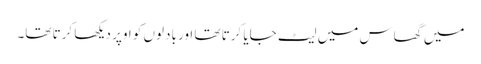
میں گھاس میں لیٹ جایا کرتا تھا اور بادلوں کو اوپر دیکھا کرتا تھا۔